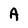
Character: A